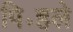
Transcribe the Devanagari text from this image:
पि॰हले